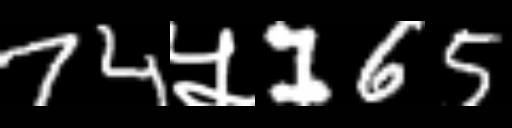
Text: 74५165